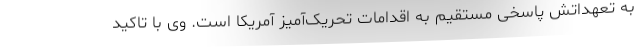
به تعهداتش پاسخی مستقیم به اقدامات تحریک‌آمیز آمریکا است. وی با تاکید